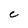
Character: C